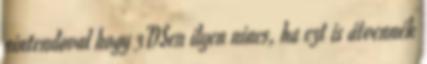
nintendoval hogy 3DSen ilyen nincs, ha ezt is átvennék